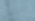
سيبدو